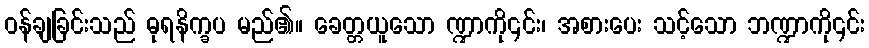
ဝန်ချခြင်းသည် ဓုရနိက္ခပ မည်၏။ ခေတ္တယူသော ဏ္ဍာကို၎င်း၊ အစားပေး သင့်သော ဘဏ္ဍာကို၎င်း